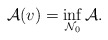
\begin{align*} \mathcal{A}(v) = \inf_{\mathcal{N}_0} \mathcal{A}.\end{align*}